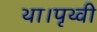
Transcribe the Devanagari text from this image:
था।पृथ्वी